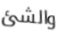
والشئ